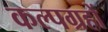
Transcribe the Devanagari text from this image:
कल्पग्रहों